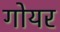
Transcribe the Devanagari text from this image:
गोयर